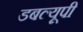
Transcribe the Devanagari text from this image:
डबल्यूपी